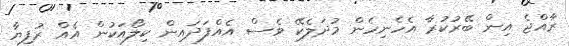
ރާއްޖެ އިން ބޭރުކުރާ އެހެނިހެން މުދަލެކޭ ވެސް އެއްފަދައިން ކިލޯއަކުން އެއް ރުފިޔާ